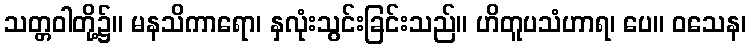
သတ္တဝါတို့၌။ မနသိကာရော၊ နှလုံးသွင်းခြင်းသည်။ ဟိတူပသံဟာရ၊ ပေ။ ဝသေန၊